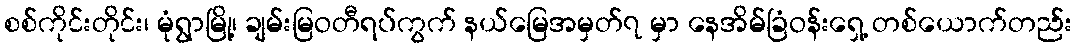
စစ်ကိုင်းတိုင်း၊ မုံရွာမြို့၊ ချမ်းမြဝတီရပ်ကွက် နယ်မြေအမှတ်၇ မှာ နေအိမ်ခြံဝန်းရှေ့ တစ်ယောက်တည်း